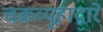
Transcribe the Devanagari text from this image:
चक्रव्यूहाद्वारे